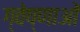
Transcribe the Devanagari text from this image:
ग्वेष्णाओं